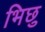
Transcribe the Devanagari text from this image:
भिछु